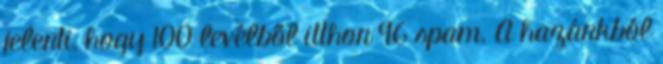
jelenti, hogy 100 levélből itthon 96 spam. A hazánkból